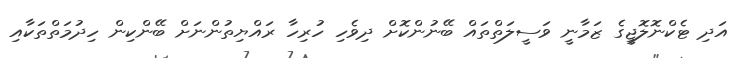
އަދި ޓެކްނޮލޮޖީގެ ޒަމާނީ ވަސީލަތްތައް ބޭނުންކޮށް ދިވެހި ހުރިހާ ރައްޔިތުންނަށް ބޭންކިން ހިދުމަތްތަކާއި